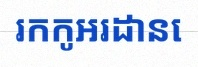
រកកូអរដោនេ